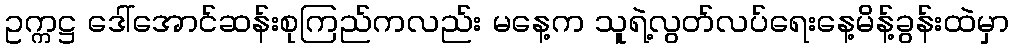
ဥက္ကဋ္ဌ ဒေါ်အောင်ဆန်းစုကြည်ကလည်း မနေ့က သူရဲ့လွတ်လပ်ရေးနေ့မိန့်ခွန်းထဲမှာ